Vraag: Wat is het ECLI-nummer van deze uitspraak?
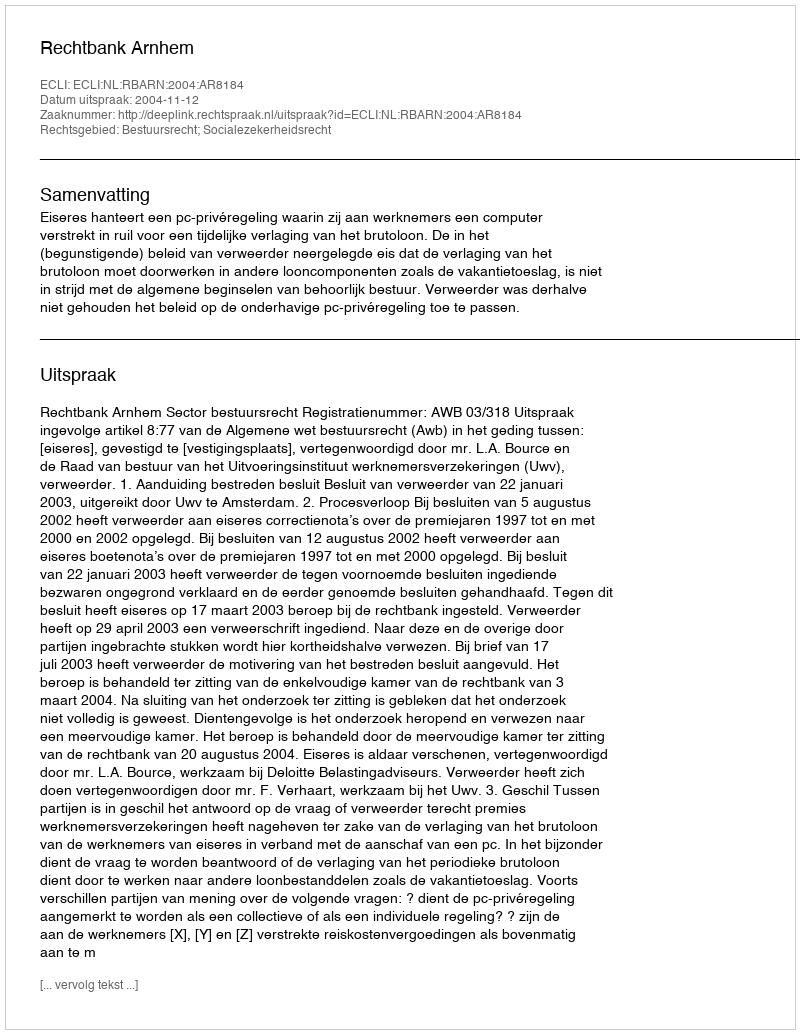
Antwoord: ECLI:NL:RBARN:2004:AR8184